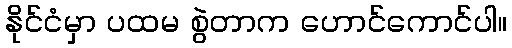
နိုင်ငံမှာ ပထမ စွဲတာက ဟောင်ကောင်ပါ။